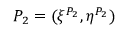
P _ { 2 } = ( \xi ^ { P _ { 2 } } , \eta ^ { P _ { 2 } } )